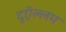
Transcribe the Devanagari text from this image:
दुऍल्लम